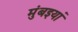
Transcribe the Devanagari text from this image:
मुंबइयां